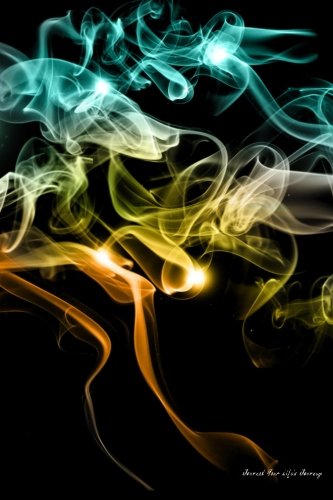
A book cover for Journal Your Life's Journey: Abstract Colorful Smoke, Lined Journal, 6 x 9, 100 Pages; Journal Your Life's Journey; Self-Help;